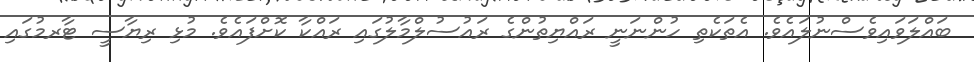
ބައްލަވައިވެސްނުލައެވެ. އެތަކެތި ހުންނަނީ ރައްޔިތުންގެ ރައުސުލްމާލުގައި ރައްކާ ކޮށްފައެވެ. މުޅި ރިޔާސީ ޓާރމުގައި